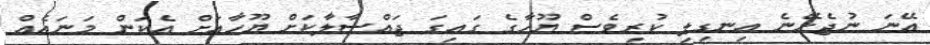
އޭނަ ނުޖެހޭނެ އިނގިލި ކުރިވެސް ޔޫހާގެ ގައިގަ ޖައްސާލާކަށް ޔޫހާއަށް އެކަން މަނައެއް